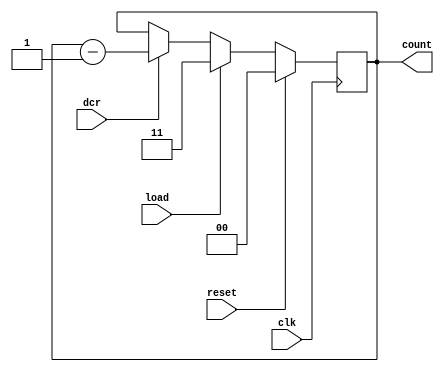
module counter(input load, input clk, input reset, input dcr, output reg [1:0] count);
		
	always @ (negedge clk)
	begin
		if(reset)
			count=2'b00;
		else
		begin
			if(dcr)
				count=count-1;
			if(load)
				count=2'b11;
			
		end
	end
endmodule